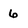
Character: 6